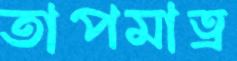
তাপমাত্র